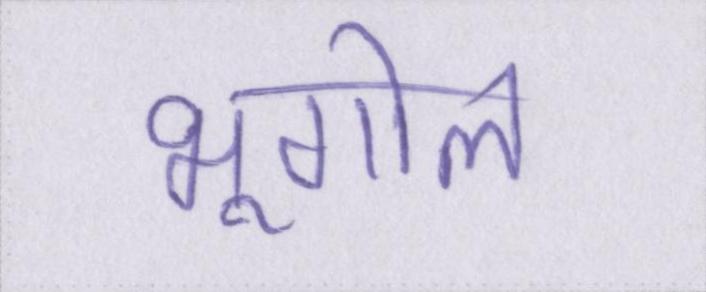
भूगोल